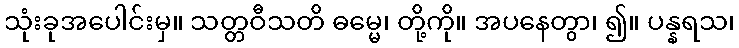
သုံးခုအပေါင်းမှ။ သတ္တဝီသတိ ဓမ္မေ၊ တို့ကို။ အပနေတွာ၊ ၍။ ပန္နရသ၊